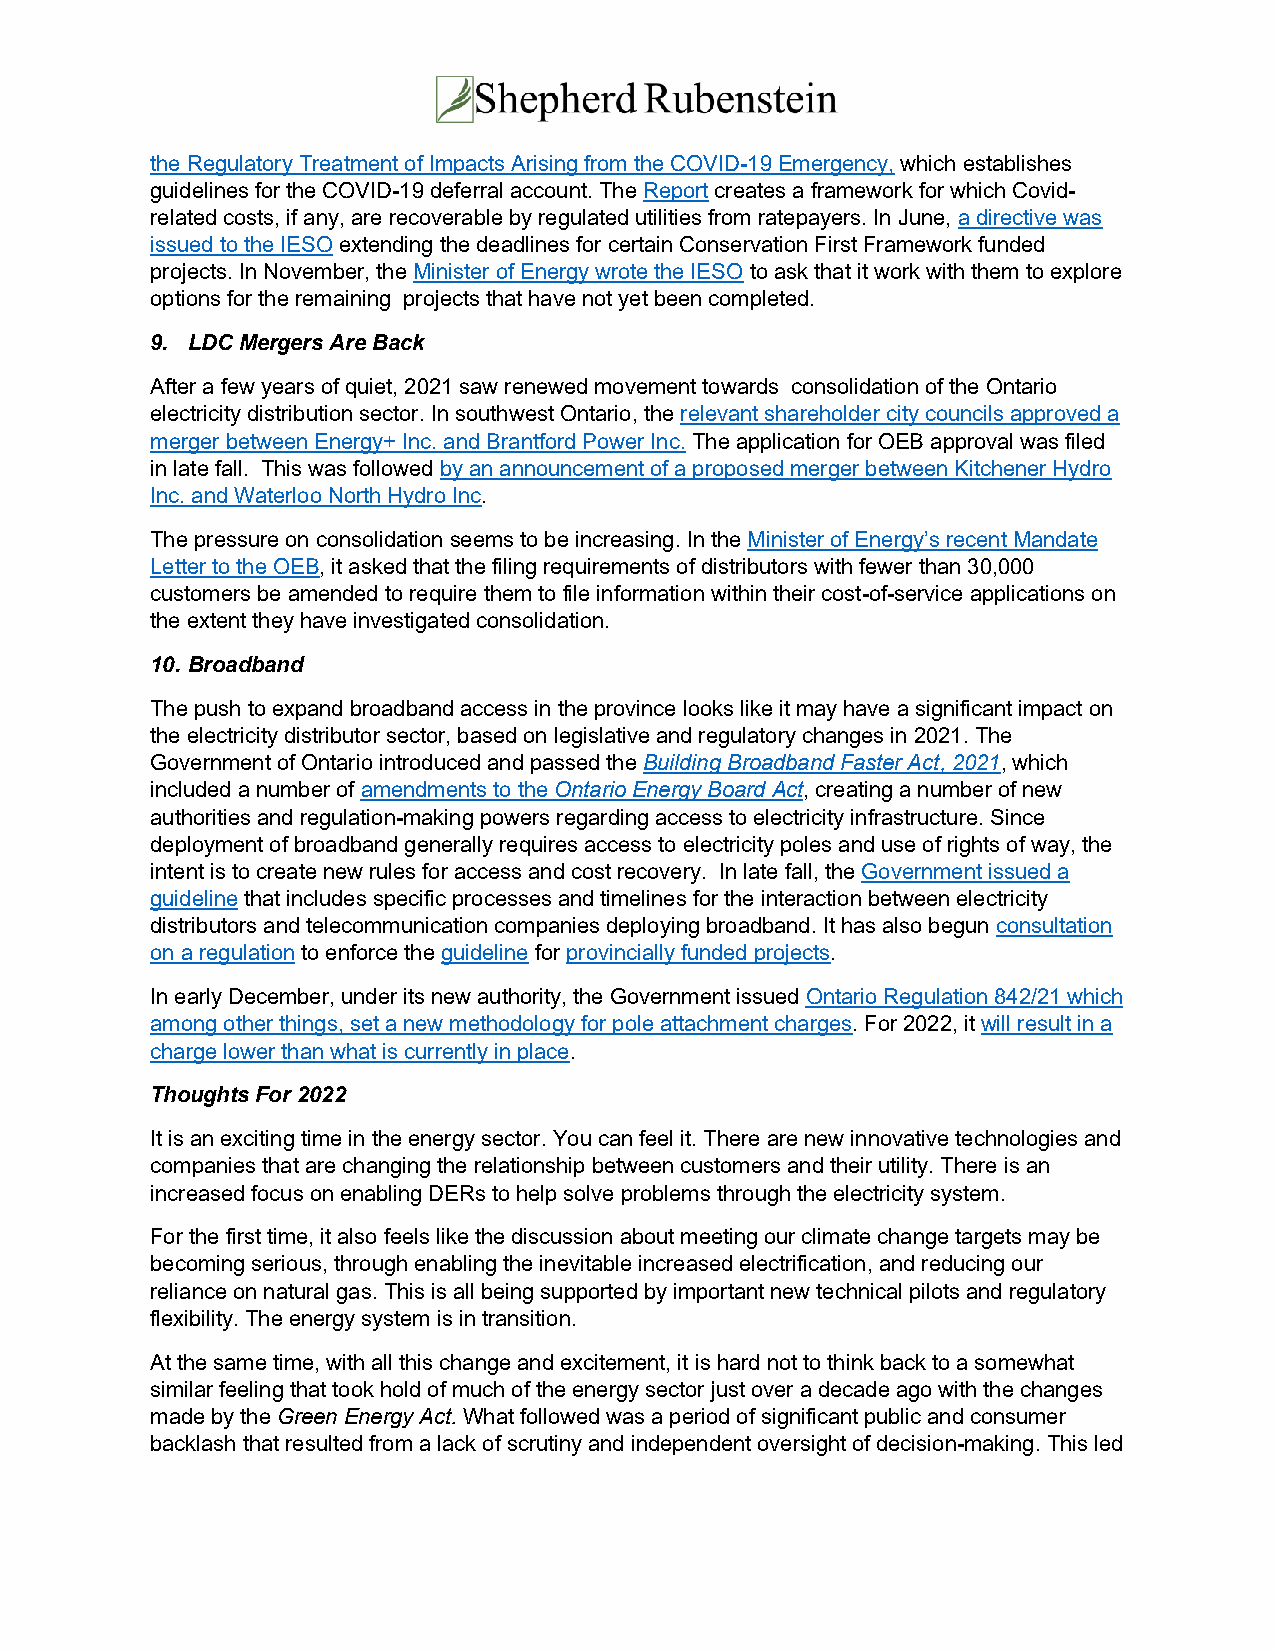
the Regulatory Treatment of Impacts Arising from the COVID-19 Emergency, which establishes
 guidelines for the COVID-19 deferral account. The Report creates a framework for which Covid-
 related costs, if any, are recoverable by regulated utilities from ratepayers. In June, a directive was
 issued to the IESO extending the deadlines for certain Conservation First Framework funded
 projects. In November, the Minister of Energy wrote the IESO to ask that it work with them to explore
 options for the remaining projects that have not yet been completed.
 9. LDC Mergers Are Back
 After a few years of quiet, 2021 saw renewed movement towards consolidation of the Ontario
 electricity distribution sector. In southwest Ontario, the relevant shareholder city councils approved a
 merger between Energy+ Inc. and Brantford Power Inc. The application for OEB approval was filed
 in late fall. This was followed by an announcement of a proposed merger between Kitchener Hydro
 Inc. and Waterloo North Hydro Inc.
 The pressure on consolidation seems to be increasing. In the Minister of Energy’s recent Mandate
 Letter to the OEB, it asked that the filing requirements of distributors with fewer than 30,000
 customers be amended to require them to file information within their cost-of-service applications on
 the extent they have investigated consolidation.
 10. Broadband
 The push to expand broadband access in the province looks like it may have a significant impact on
 the electricity distributor sector, based on legislative and regulatory changes in 2021. The
 Government of Ontario introduced and passed the Building Broadband Faster Act, 2021, which
 included a number of amendments to the Ontario Energy Board Act, creating a number of new
 authorities and regulation-making powers regarding access to electricity infrastructure. Since
 deployment of broadband generally requires access to electricity poles and use of rights of way, the
 intent is to create new rules for access and cost recovery. In late fall, the Government issued a
 guideline that includes specific processes and timelines for the interaction between electricity
 distributors and telecommunication companies deploying broadband. It has also begun consultation
 on a regulation to enforce the guideline for provincially funded projects.
 In early December, under its new authority, the Government issued Ontario Regulation 842/21 which
 among other things, set a new methodology for pole attachment charges. For 2022, it will result in a
 charge lower than what is currently in place.
 Thoughts For 2022
 It is an exciting time in the energy sector. You can feel it. There are new innovative technologies and
 companies that are changing the relationship between customers and their utility. There is an
 increased focus on enabling DERs to help solve problems through the electricity system.
 For the first time, it also feels like the discussion about meeting our climate change targets may be
 becoming serious, through enabling the inevitable increased electrification, and reducing our
 reliance on natural gas. This is all being supported by important new technical pilots and regulatory
 flexibility. The energy system is in transition.
 At the same time, with all this change and excitement, it is hard not to think back to a somewhat
 similar feeling that took hold of much of the energy sector just over a decade ago with the changes
 made by the Green Energy Act. What followed was a period of significant public and consumer
 backlash that resulted from a lack of scrutiny and independent oversight of decision-making. This led